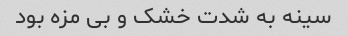
سینه به شدت خشک و بی مزه بود